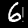
Label: 6